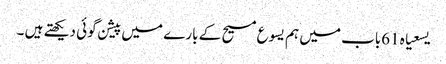
یسعیاہ 61باب میں ہم یسوع مسیح کے بارے میں پیشن گوئی دیکھتے ہیں ۔